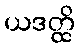
ယဒတ္ထိ